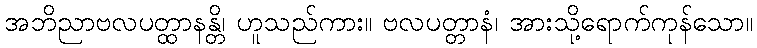
အဘိညာဗလပတ္ထာနန္တိ၊ ဟူသည်ကား။ ဗလပတ္တာနံ၊ အားသို့ရောက်ကုန်သော။